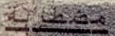
مضطربة